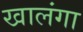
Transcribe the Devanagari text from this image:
खालंगा